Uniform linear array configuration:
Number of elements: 64
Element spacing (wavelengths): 0.75
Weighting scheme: uniform
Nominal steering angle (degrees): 30
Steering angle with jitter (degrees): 30.104
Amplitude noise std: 0.05
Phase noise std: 0.05

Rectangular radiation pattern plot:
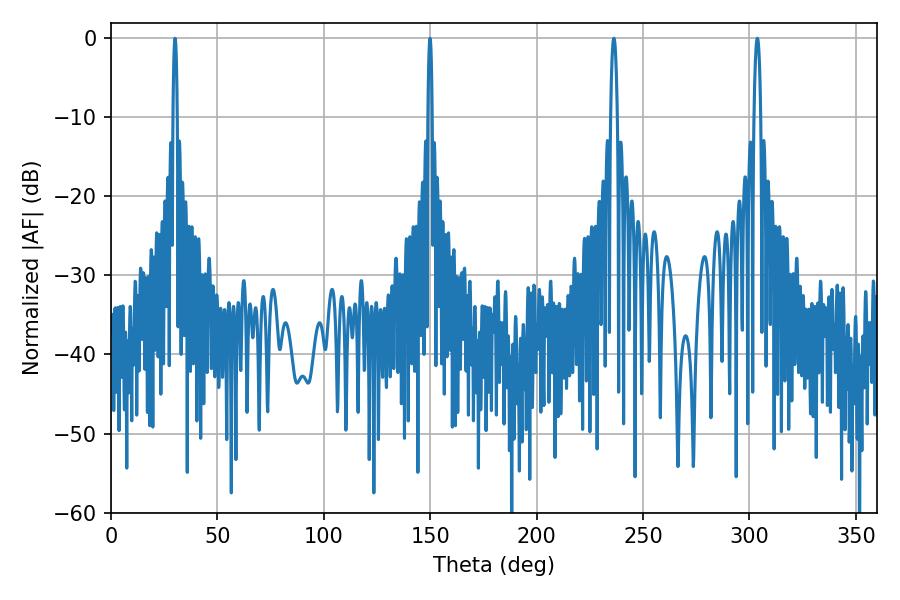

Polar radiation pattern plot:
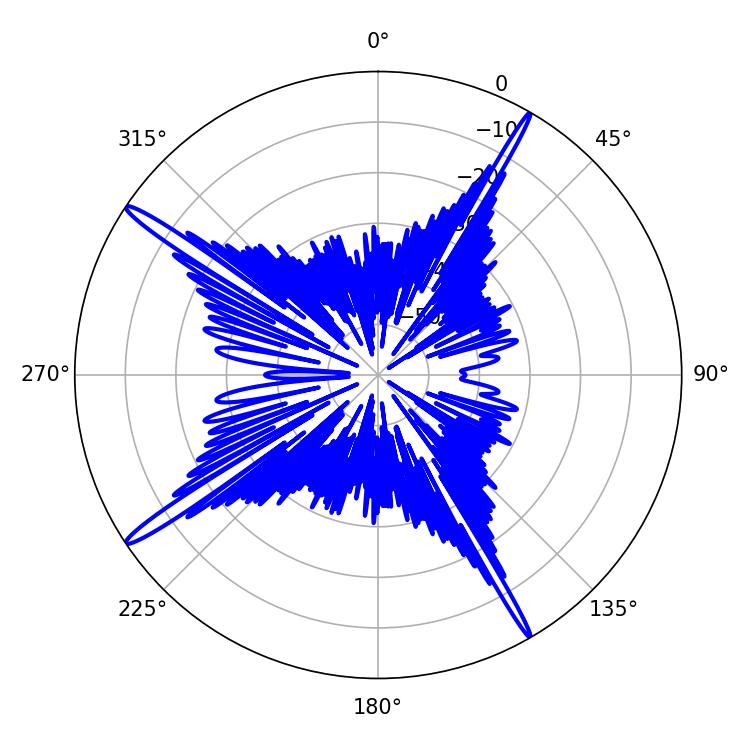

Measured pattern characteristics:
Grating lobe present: TRUE
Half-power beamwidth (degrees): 1.8
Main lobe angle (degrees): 303.66